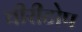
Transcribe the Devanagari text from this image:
चीरीटोप